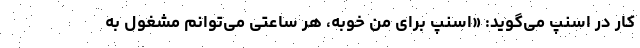
کار در اسنپ می‌گوید: «اسنپ برای من خوبه، هر ساعتی می‌توانم مشغول به